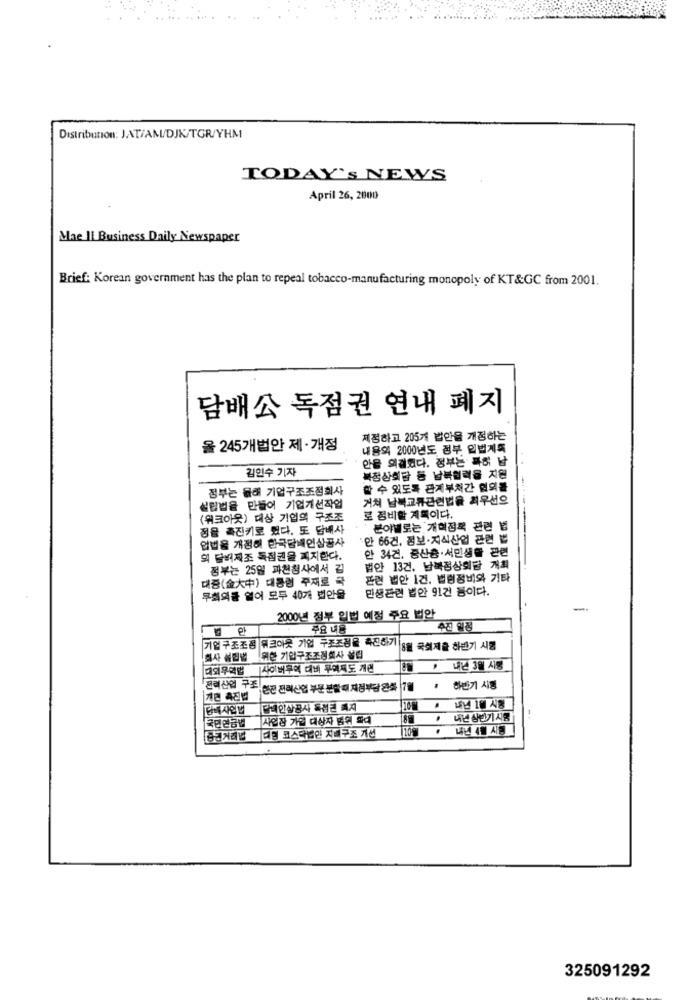
Distribution: JAT/AM/DJK/TGR/YHM
TODAY's NEWS
April 26, 2000
Mae Il Business Daily Newspaper
Brief: Korean government has the plan to repeal tobacco-manufacturing monopoly of KT&GC from 2001.
담배公 독점권 연내 폐지
제정하고 205개 법안을 개정하는
울 245개법안 제 · 개정
내용의 2000년도 정부 입법계획
안을 의결했다. 정부는 특히 남
김민수 기자
북정상회담 등 남북협력을 지원
정부는 물해 기업구조조정회사
할 수 있도록 관계부처간 현회를
거쳐 남북교류관련법을 최우선으
설립법을 만들어 기업개선작업
(휘크아웃) 대상 기업의 구조조
로 정비할 계획이다.
정을 촉진키로 했다. 또 담배사
분야별로는 개혁정책 관련 법
업법을 개정해 한국담배인삼공사
안 66건, 정보·지식산업 관련 법
한 34건, 중산층·서민생활 관련
회 담터제조 독점권을 폐지한다.
정부는 25일 과천청사에서 깁
법안 13건, 남북정상회담 개월
대중(金大中) 대통령 주재로 국
관련 법안 1건, 법령정비와 기타
민생관련 법안 91건 등이다.
루회의를 열어 모두 40개 법안을
2000년 정부 입법 예정 주요 법안
주요 내용
추진 일정
기업 구조조정 워크아웃 기업 구조조정을 촉진하기
8월 국회제출 하반기 시험
회사 설립밥
위한 기업구조조정회사 설립
[사이버무역 대비 무려제도 개편
• 나간 3월 사용
전력산업 구조!
한전 전례산업 부문 분할 해 재정부담 완화 7월
하반기 시행
지면 촉진법
단사업법
답네인삼공사 독점단 테지
10월
내년 18 시형
국민연금법
사업장 가급 대상자 범위 확대
.
내년 상반기 시험
10
내년 4월 시행
■대형 코스타법인 지배구조 개선
325091292